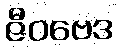
ဇီဝဗေဒ